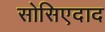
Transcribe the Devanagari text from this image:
सोसिएदाद